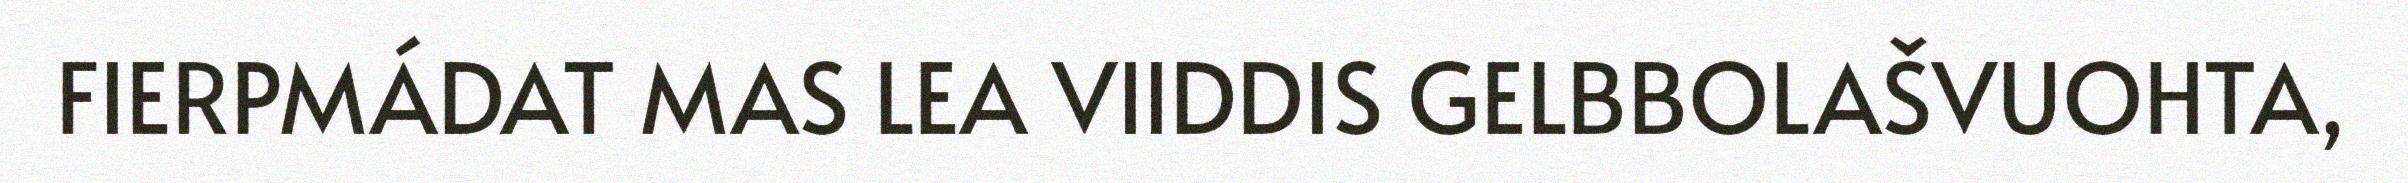
FIERPMÁDAT MAS LEA VIIDDIS GELBBOLAŠVUOHTA,